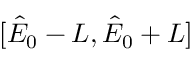
[ \hat { E } _ { 0 } - L , \hat { E } _ { 0 } + L ]